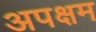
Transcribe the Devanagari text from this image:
अपक्षम